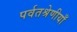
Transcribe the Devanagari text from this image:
पर्वतश्रेणीयाँ